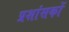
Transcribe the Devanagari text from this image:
प्रशांसकों